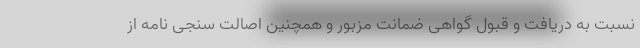
نسبت به دریافت و قبول گواهی ضمانت مزبور و همچنین اصالت سنجی نامه از